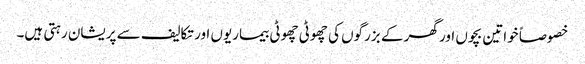
خصوصاً خواتین بچوں اور گھر کے بزرگوں کی چھوٹی چھوٹی بیماریوں اور تکالیف سے پریشان رہتی ہیں۔